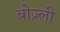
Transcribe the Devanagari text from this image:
बोज़्ली